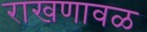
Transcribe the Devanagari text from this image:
राखणावळ